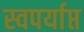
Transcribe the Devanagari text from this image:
स्वपर्याप्त